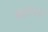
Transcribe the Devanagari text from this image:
कटुवचनों